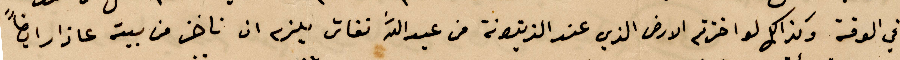
في الوقت وكذلك لو اخذتم الأرض الذي عند الزيتونة من عبد الله النقاش يلزم ان تأخذ من بيته عازار ايضًا